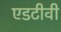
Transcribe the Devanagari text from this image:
एडटीवी